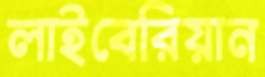
লাইবেরিয়ান